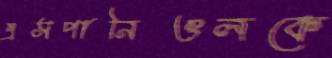
এসপানিওলকে